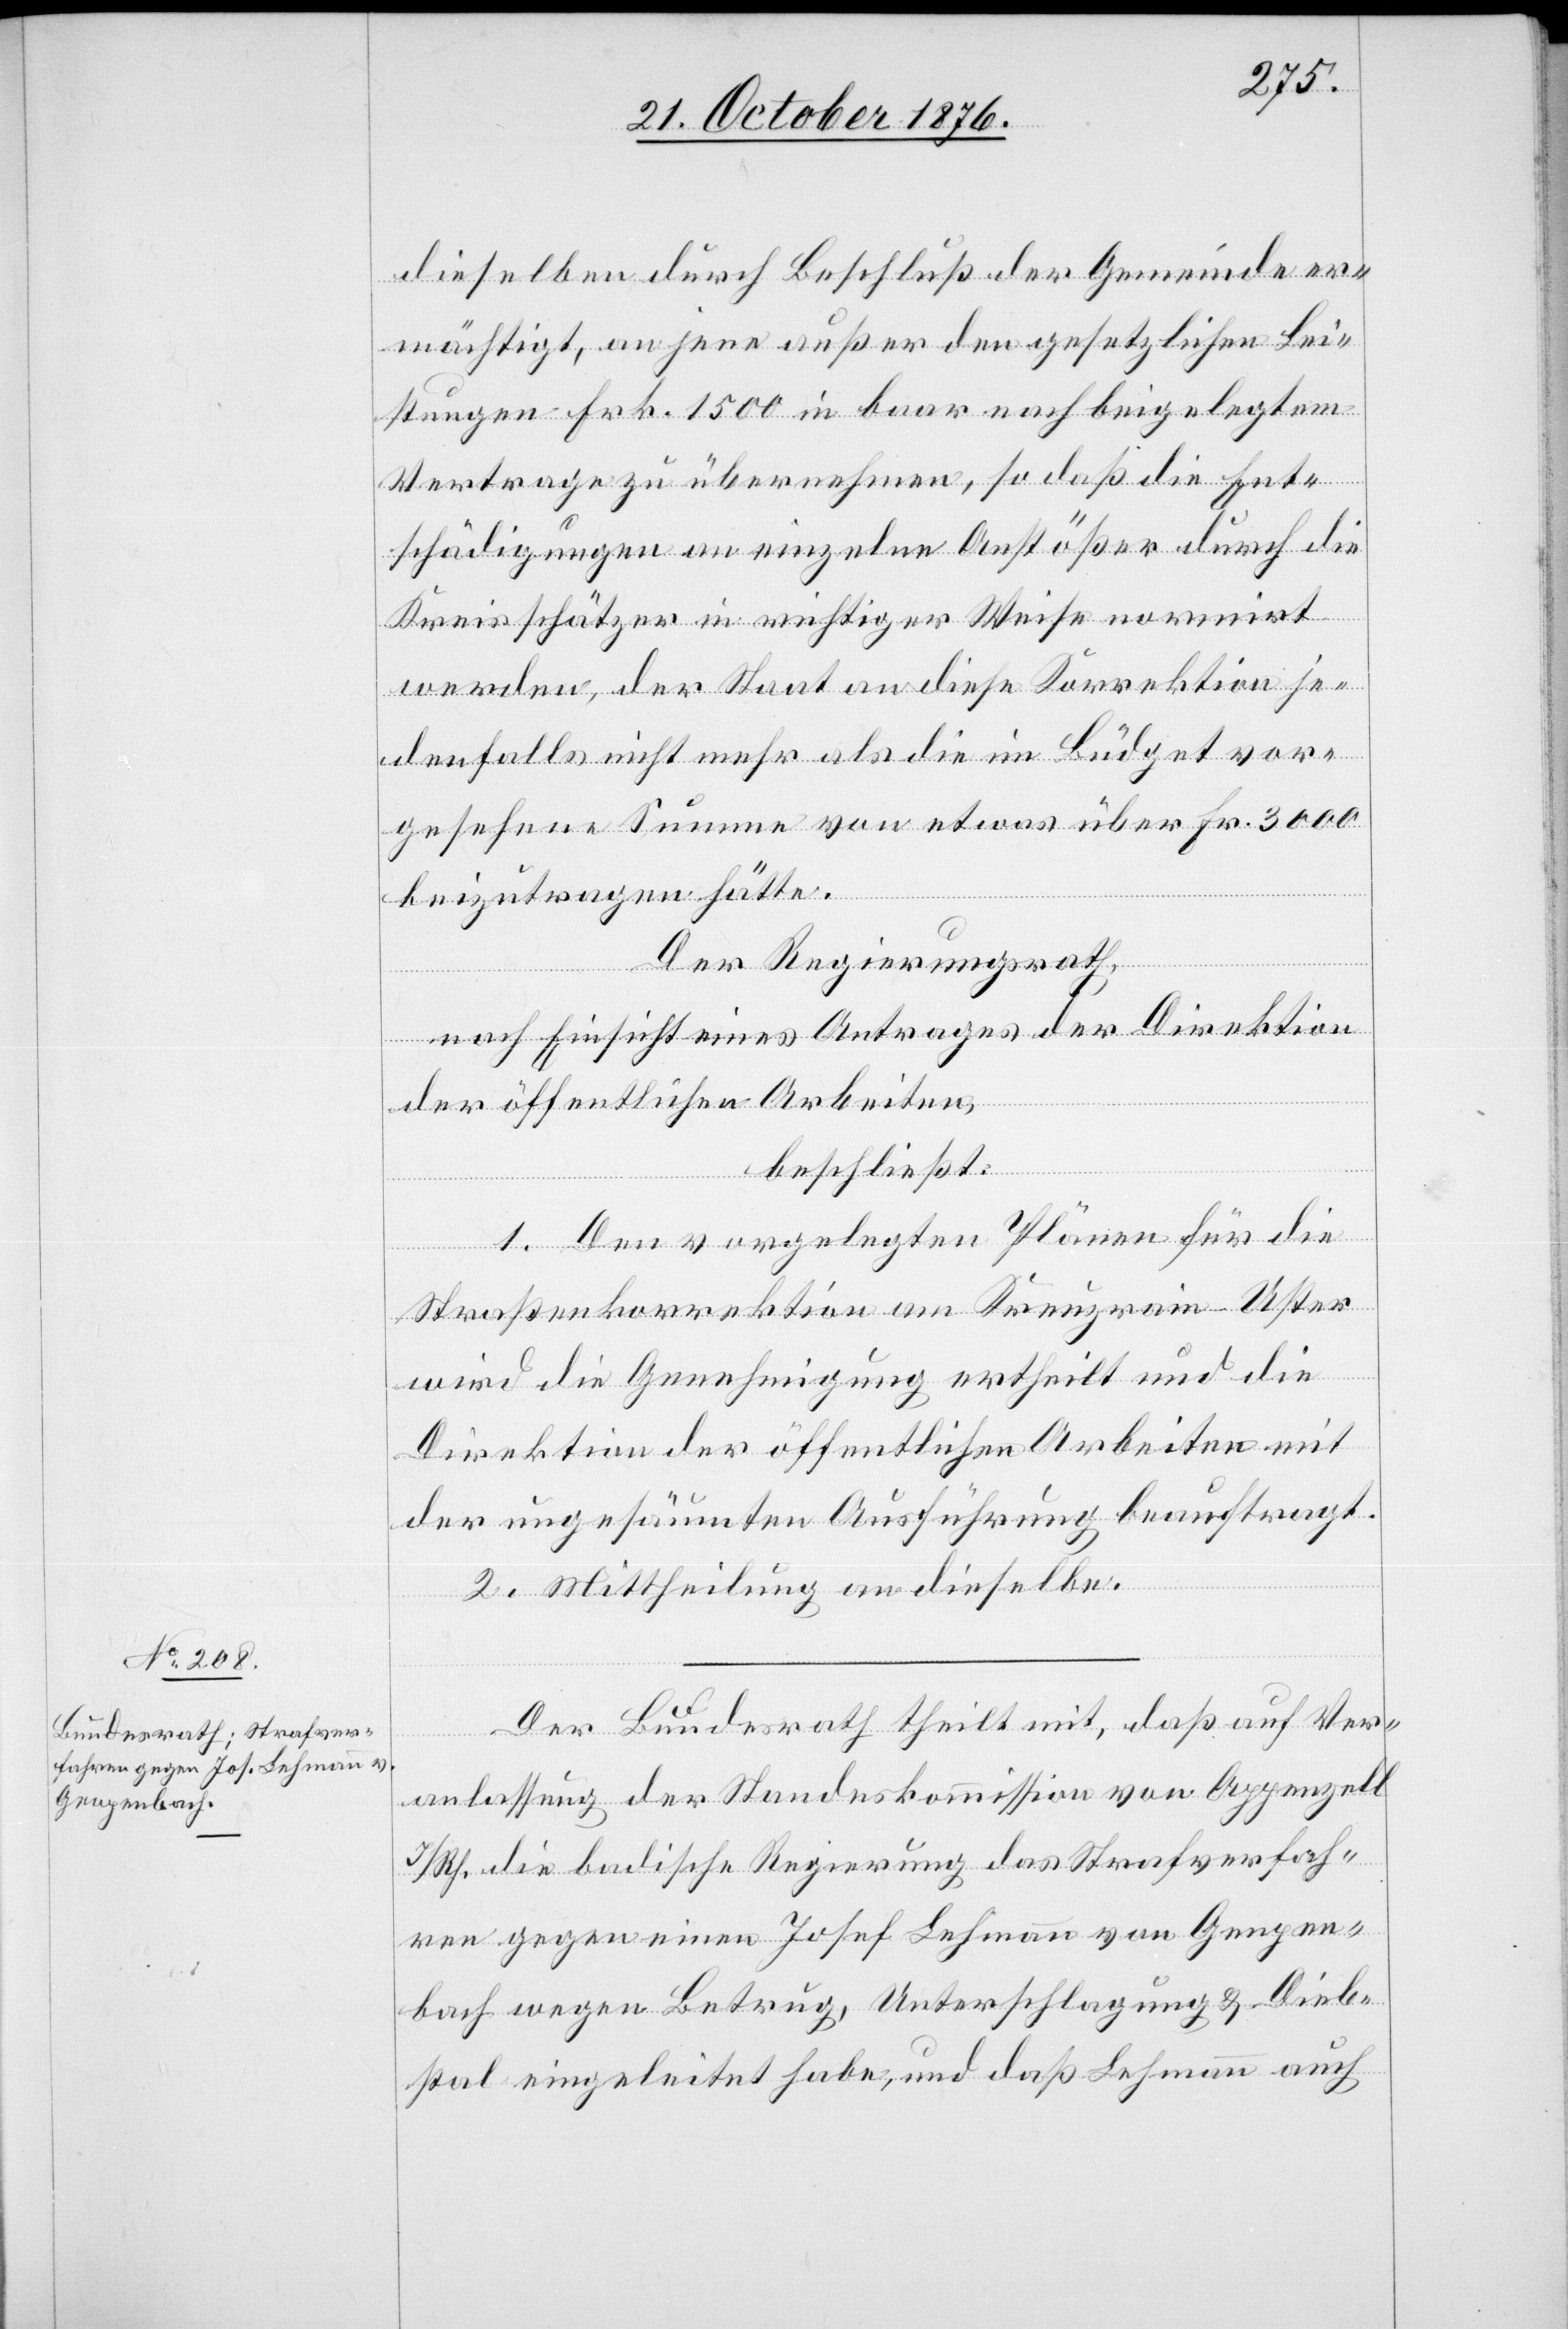
21. October 1876.]
dieselben durch Beschluß der Gemeinde er¬
mächtigt, an jene außer den gesetzlichen Lei¬
stungen Frk. 1500 in baar nach beigelegtem
Vertrage zu übermachen, so daß die Ent¬
schädigungen an einzelne Anstößer durch die
Kreisschätzer in richtiger Weise normirt
werden, der Staat an diese Korrektion je¬
denfalls nicht mehr als die im Büdget vor¬
gesehene Summe von etwas über Fr. 3000
beizutragen hätte.
Der Regierungsrath,
gen¬
nach Einsicht eines Antrages der Direktion
der öffentlichen Arbeiten,
beschließt:
1. Den vorgelegten Plänen für die
Straßenkorrektion am Kreuzrain - Uster
wird die Genehmigung ertheilt und die
Direktion der öffentlichen Arbeiten mit
der ungesäumten Ausführung beauftragt.
2. Mittheilung an dieselbe.
Der Bundesrath theilt mit, daß auf Ver¬
anlassung der Standeskommission von Appenzell
I/R. die badische Regierung das Strafverfah¬
ren gegen einen Josef Lehmann von Genpen¬
bach] wegen Betrug, Unterschlagung & Dieb¬
stal eingeleitet habe, und daß Lehmann auch